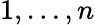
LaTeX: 1,\ldots,n